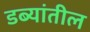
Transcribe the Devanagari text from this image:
डब्यांतील